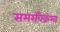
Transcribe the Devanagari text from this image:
समरविक्रमा